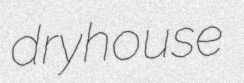
dryhouse